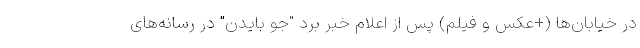
در خیابان‌ها (+عکس و فیلم) پس از اعلام خبر برد "جو بایدن" در رسانه‌های